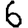
Digit: 6